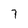
Character: 7